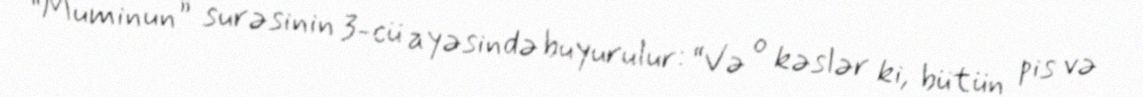
“Muminun” surəsinin 3-cü ayəsində buyurulur: “Və o kəslər ki, bütün pis və